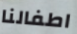
اطفالنا